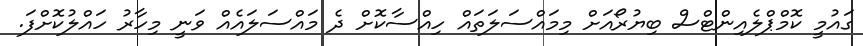
ގައުމީ ކޮމްޕްލެއިންޓްސް ބިޔުރޯއަށް މިމައްސަލަތައް ހިއްސާކޮށް ދެ މައްސަލައެއް ވަނީ މިހާރު ހައްލުކޮށްފަ.